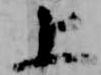
上